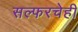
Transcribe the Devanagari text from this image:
सल्फरचेही